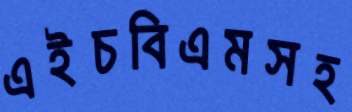
এইচবিএমসহ